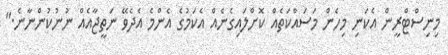
މިނިސްޓްރީން އެކަނި މިހެން މަސައްކަތެއް ކޮށްލައިގެނެއް އެކަމުގެ އެންމެ އެދެވޭ ނަތީޖާއެއް ނުނުކުންނާނެ."